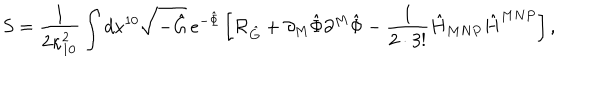
LaTeX: S = { \frac { 1 } { 2 \kappa _ { 1 0 } ^ { 2 } } } \int d x ^ { 1 0 } \sqrt { - \hat { G } } \, e ^ { - \hat { \Phi } } \left[ { \cal R } _ { \hat { G } } + \partial _ { M } \hat { \Phi } \partial ^ { M } \hat { \Phi } - { \frac { 1 } { 2 \cdot 3 ! } } \hat { H } _ { M N P } \hat { H } ^ { M N P } \right] ,